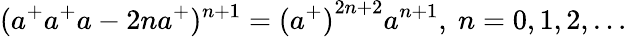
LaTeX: (a^{+}a^{+}a-2na^{+})^{n+1}={(a^{+})}^{2n+2}a^{n+1},\ n=0,1,2,\ldots